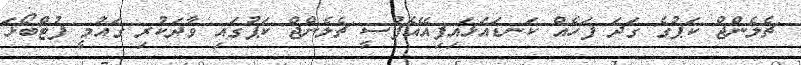
ޗެލެންޖް ކަޕުގެ ގަދަ ފަހެއް ކަނޑައަޅައިފިއޭއެފްސީ ޗެލެންޖް ކަޕުގައި ވާދަކުރި ގައުމީ ފުޓްބޯޅަ